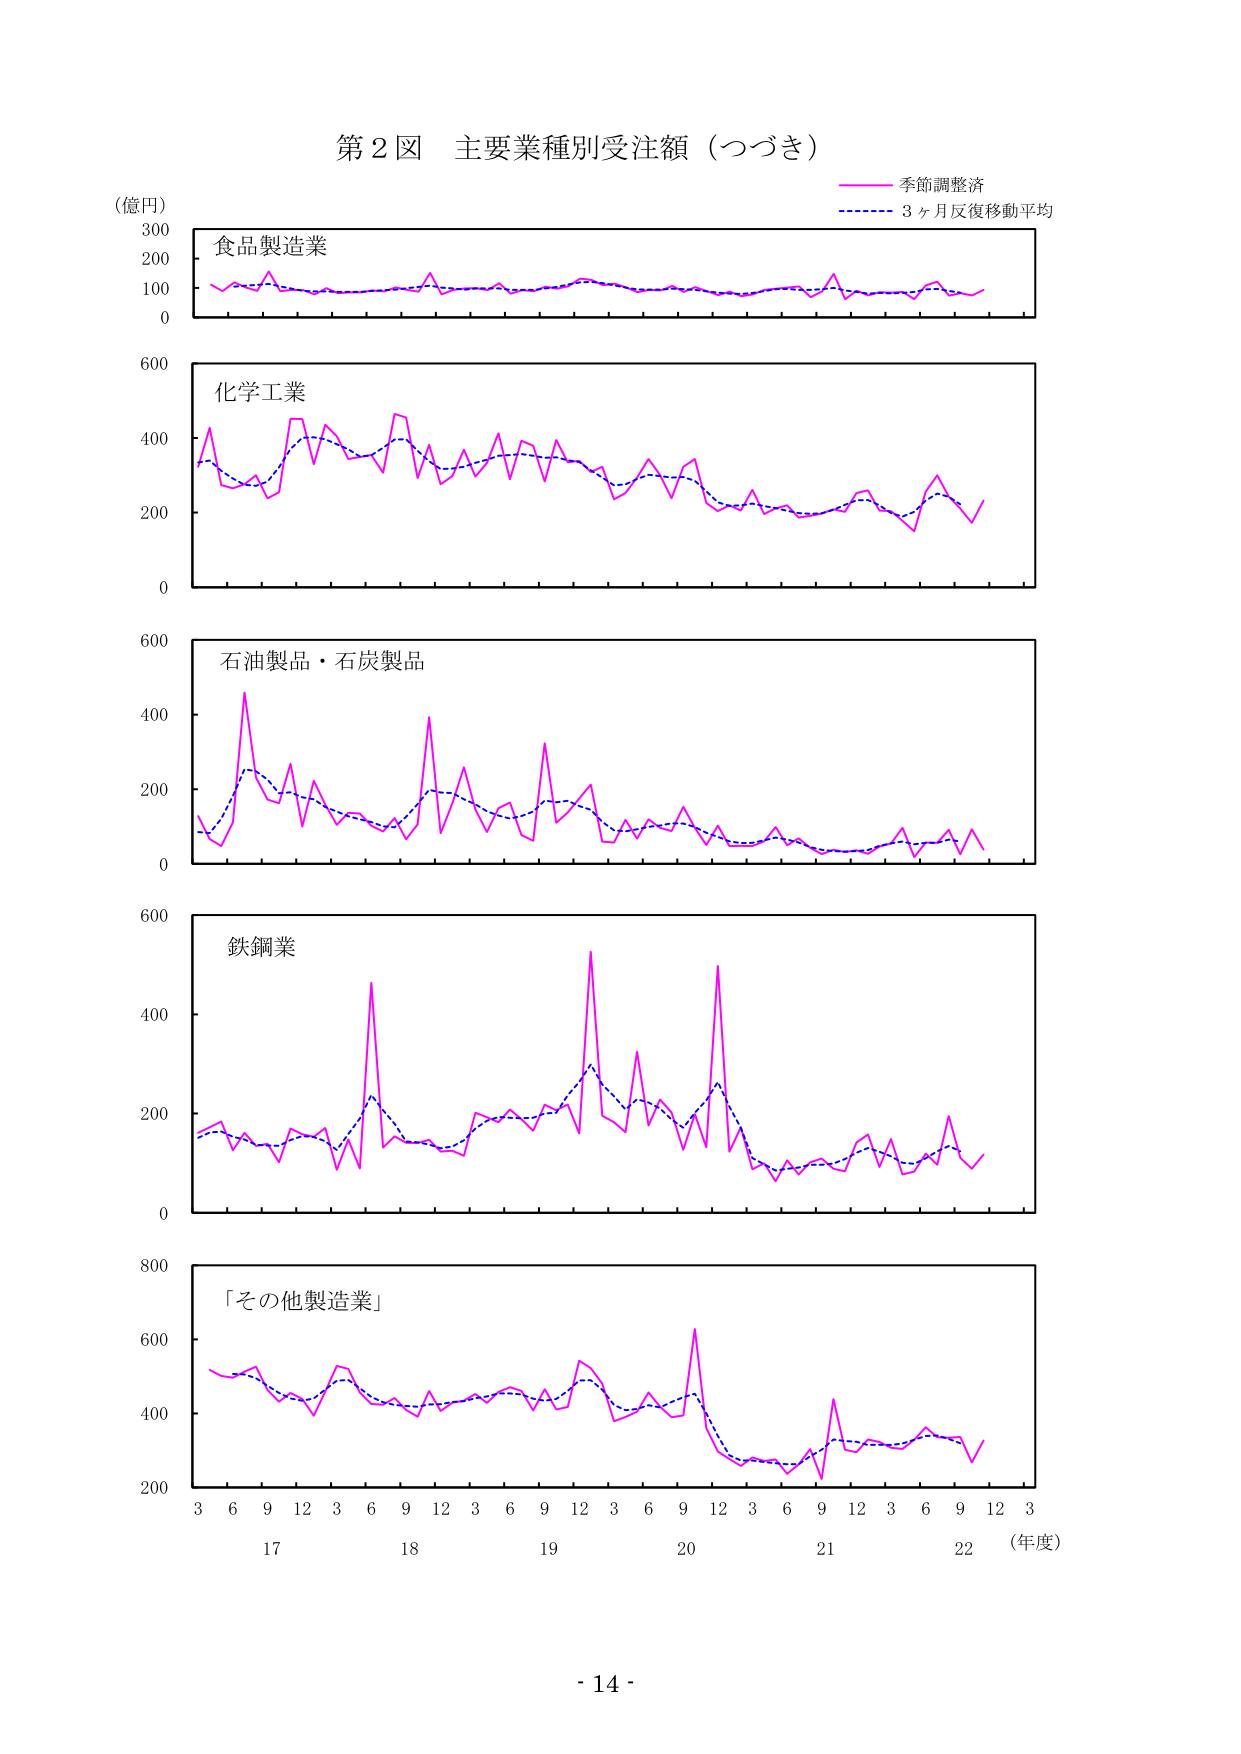
第２図 主要業種別受注額（つづき）

（億円）

食品製造業

化学工業

石油製品・石炭製品

鉄鋼業

「その他製造業」

季節調整済

3ヶ月反復移動平均

3 6 9 12 3 6 9 12 3 6 9 12 3 6 9 12 3 6 9 12 3
17 18 19 20 21 22 （年度）

- 14 -